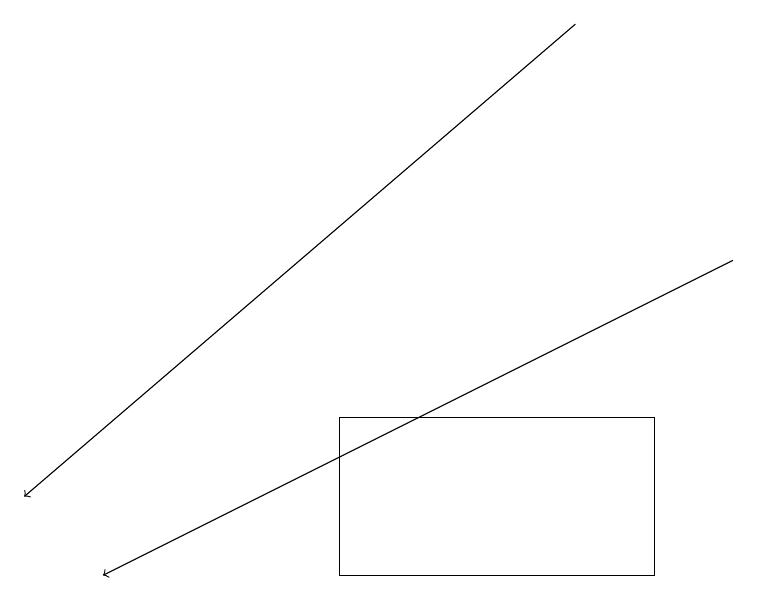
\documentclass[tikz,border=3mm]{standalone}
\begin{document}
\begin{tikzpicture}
\draw[->] (7,18) -- (0,12);
\draw[->] (9,15) -- (1,11);
\draw (8,13) rectangle (4,11);
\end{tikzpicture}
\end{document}